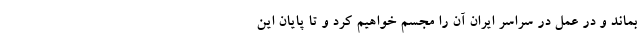
بماند و در عمل در سراسر ایران آن را مجسم خواهیم کرد و تا پایان این